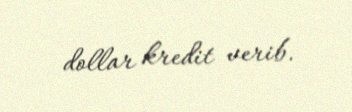
dollar kredit verib.